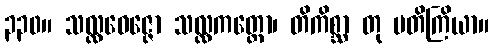
၃၃၀။ သလ္လဝေဇ္ဇော သလ္လကတ္တော၊ တိကိစ္ဆာ တု ပတိကြိယာ။